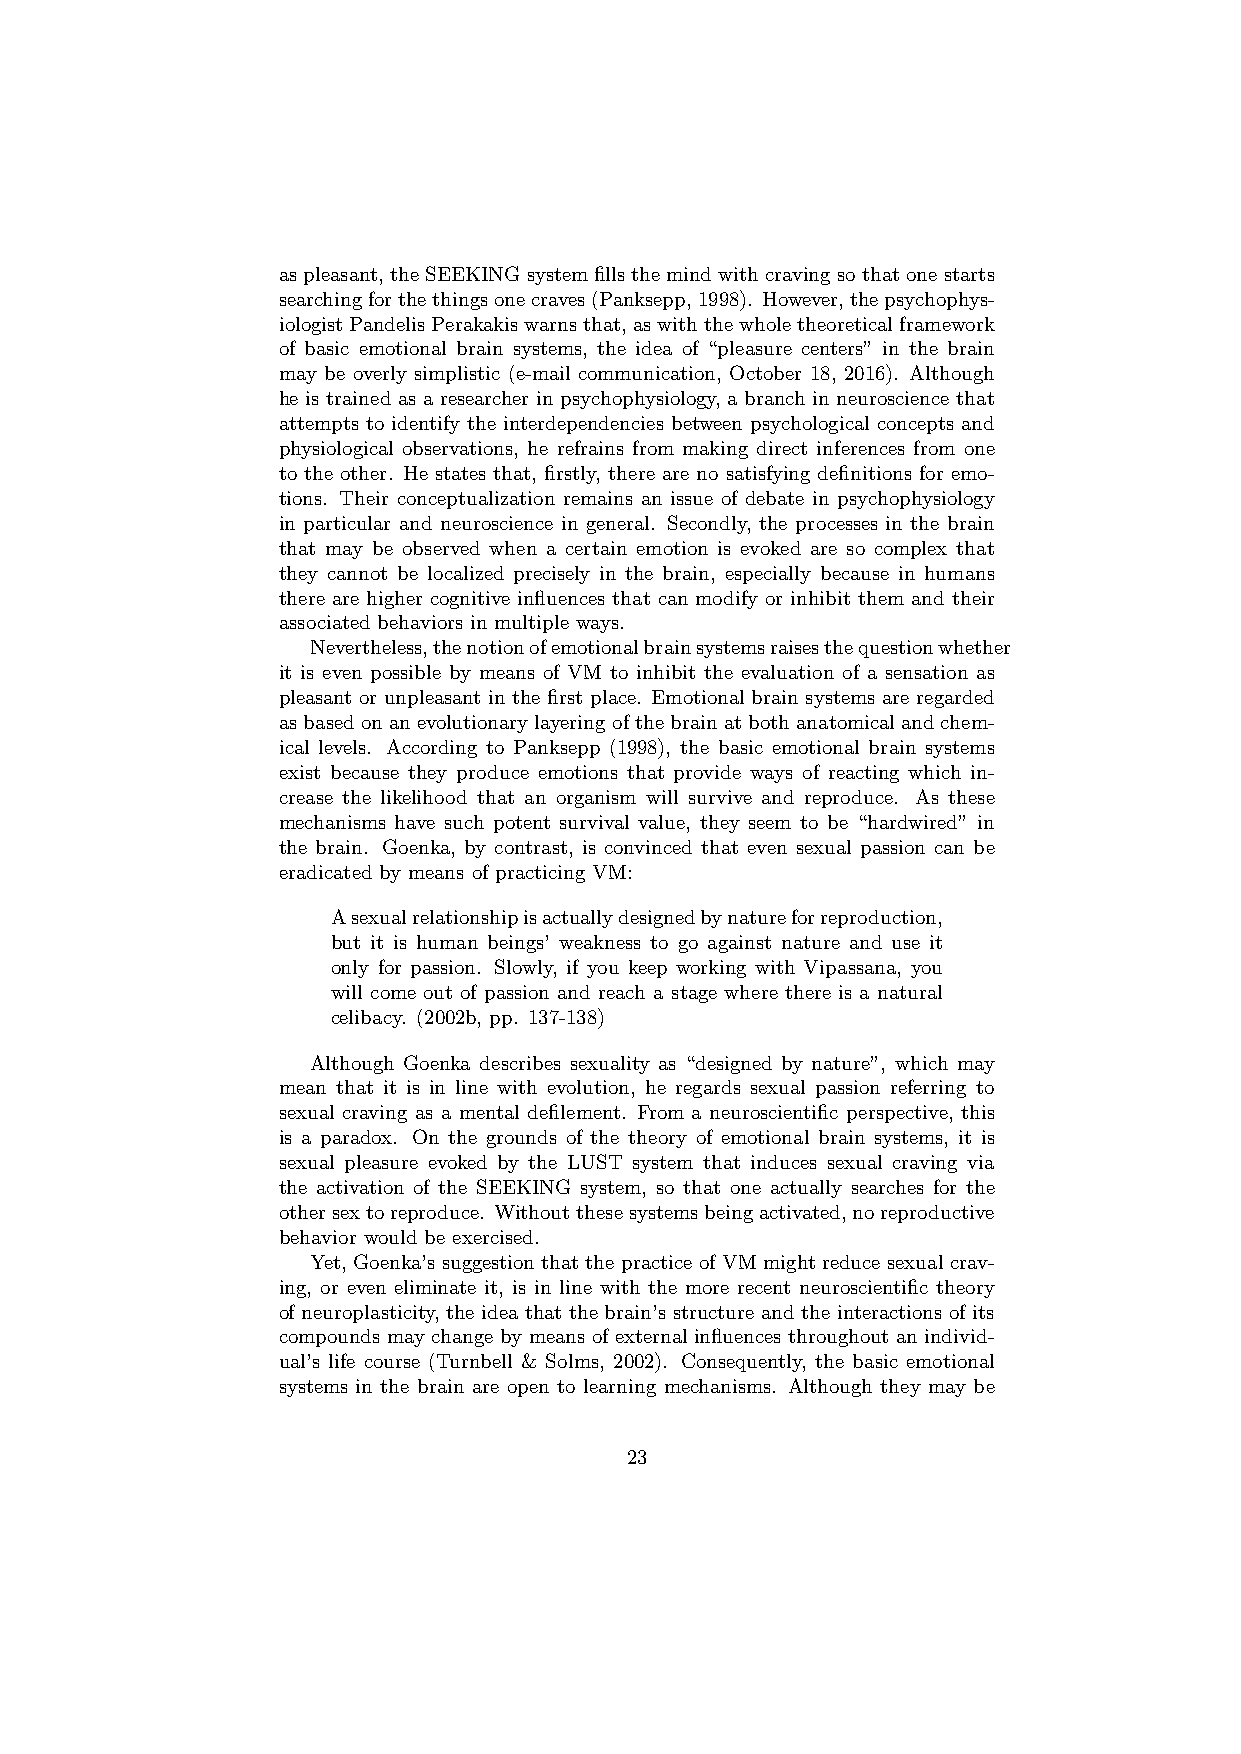
aspleasant, theSEEKINGsystemfillsthemindwithcravingsothatonestarts
 searchingforthethingsonecraves(Panksepp,1998). However,thepsychophys-
 iologistPandelisPerakakiswarnsthat, aswiththewholetheoreticalframework
 of basic emotional brain systems, the idea of “pleasure centers” in the brain
 may be overly simplistic (e-mail communication, October 18, 2016). Although
 he is trained as a researcher in psychophysiology, a branch in neuroscience that
 attempts to identify the interdependencies between psychological concepts and
 physiological observations, he refrains from making direct inferences from one
 to the other. He states that, firstly, there are no satisfying definitions for emo-
 tions. Their conceptualization remains an issue of debate in psychophysiology
 in particular and neuroscience in general. Secondly, the processes in the brain
 that may be observed when a certain emotion is evoked are so complex that
 they cannot be localized precisely in the brain, especially because in humans
 there are higher cognitive influences that can modify or inhibit them and their
 associated behaviors in multiple ways.
 Nevertheless,thenotionofemotionalbrainsystemsraisesthequestionwhether
 it is even possible by means of VM to inhibit the evaluation of a sensation as
 pleasant or unpleasant in the first place. Emotional brain systems are regarded
 asbasedonanevolutionarylayeringofthebrainatbothanatomicalandchem-
 ical levels. According to Panksepp (1998), the basic emotional brain systems
 exist because they produce emotions that provide ways of reacting which in-
 crease the likelihood that an organism will survive and reproduce. As these
 mechanisms have such potent survival value, they seem to be “hardwired” in
 the brain. Goenka, by contrast, is convinced that even sexual passion can be
 eradicated by means of practicing VM:
 Asexualrelationshipisactuallydesignedbynatureforreproduction,
 but it is human beings’ weakness to go against nature and use it
 only for passion. Slowly, if you keep working with Vipassana, you
 will come out of passion and reach a stage where there is a natural
 celibacy. (2002b, pp. 137-138)
 Although Goenka describes sexuality as “designed by nature”, which may
 mean that it is in line with evolution, he regards sexual passion referring to
 sexual craving as a mental defilement. From a neuroscientific perspective, this
 is a paradox. On the grounds of the theory of emotional brain systems, it is
 sexual pleasure evoked by the LUST system that induces sexual craving via
 the activation of the SEEKING system, so that one actually searches for the
 othersextoreproduce. Withoutthesesystemsbeingactivated,noreproductive
 behavior would be exercised.
 Yet, Goenka’s suggestion that the practice of VM might reduce sexual crav-
 ing, or even eliminate it, is in line with the more recent neuroscientific theory
 of neuroplasticity, the idea that the brain’s structure and the interactions of its
 compounds may change by means of external influences throughout an individ-
 ual’s life course (Turnbell & Solms, 2002). Consequently, the basic emotional
 systems in the brain are open to learning mechanisms. Although they may be
 23